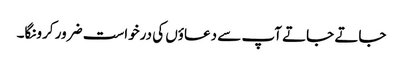
جاتے جاتے آپ سے دعاؤں کی درخواست ضرور کرونگا۔